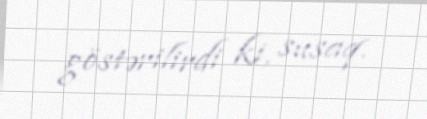
göstərilirdi ki, susaq.